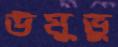
উমুভু